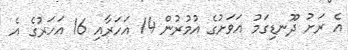
އެ ރަށުު ދޫނޑިގަމު އަވަށުގެ އުމުރުން 14 އަހަރާއި 16 އަހަރުގެ އެ